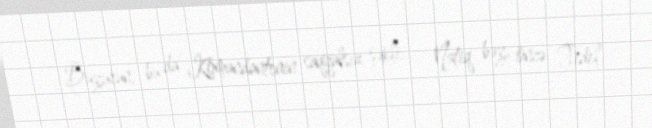
Buyurun, bu da Komandantenin saqqalsız şəkli... - Natiq bəy, öncə Fidel